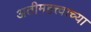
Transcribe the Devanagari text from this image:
अतीमहत्त्वाच्या